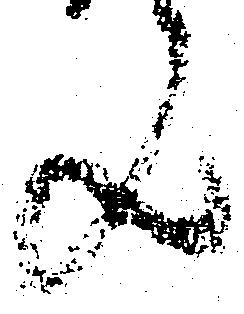
歟